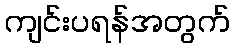
ကျင်းပရန်အတွက်